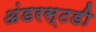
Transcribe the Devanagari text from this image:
अंडरस्टडी